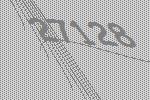
27128